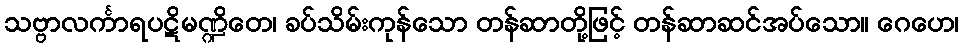
သဗ္ဗာလင်္ကာရပဋိမဏ္ဍိတေ၊ ခပ်သိမ်းကုန်သော တန်ဆာတို့ဖြင့် တန်ဆာဆင်အပ်သော။ ဂေဟေ၊